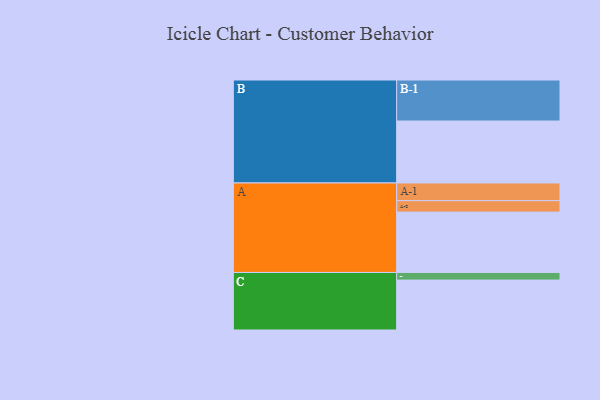
{"axis": {"x": "Segment", "y": "Value"}, "legend": ["", "A", "B", "C"], "data": [{"x": "A", "y": 421, "type": ""}, {"x": "B", "y": 432, "type": ""}, {"x": "C", "y": 348, "type": ""}, {"x": "A-1", "y": 123, "type": "A"}, {"x": "A-2", "y": 80, "type": "A"}, {"x": "B-1", "y": 286, "type": "B"}, {"x": "C-1", "y": 53, "type": "C"}]}